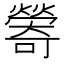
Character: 𪹽